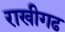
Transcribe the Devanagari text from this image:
राखीगढ